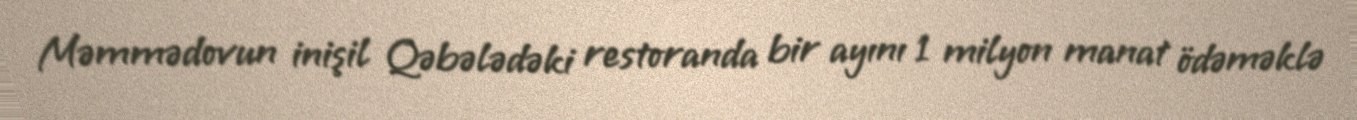
Məmmədovun inişil Qəbələdəki restoranda bir ayını 1 milyon manat ödəməklə